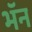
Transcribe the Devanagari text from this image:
भॅन